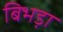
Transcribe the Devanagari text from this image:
बिभड़ा